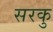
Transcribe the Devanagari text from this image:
सरकु